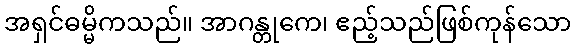
အရှင်ဓမ္မိကသည်။ အာဂန္တုကေ၊ ဧည့်သည်ဖြစ်ကုန်သော